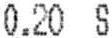
0.20 S